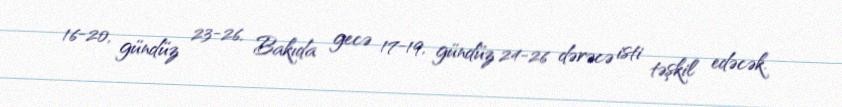
16-20, gündüz 23-26, Bakıda gecə 17-19, gündüz 24-26 dərəcə isti təşkil edəcək.